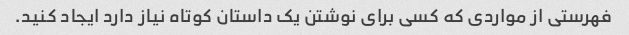
فهرستی از مواردی که کسی برای نوشتن یک داستان کوتاه نیاز دارد ایجاد کنید.